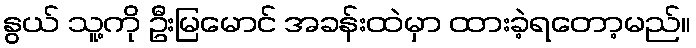
နွယ် သူ့ကို ဦးမြမောင် အခန်းထဲမှာ ထားခဲ့ရတော့မည်။